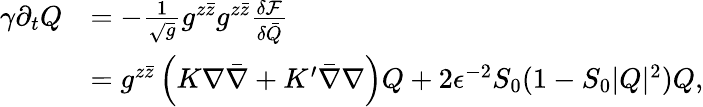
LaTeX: \begin{array}{rl}{\gamma\partial_{t}Q}&{=-\frac{1}{\sqrt{g}}g^{z\bar{z}}g^{z\bar{z}}\frac{\delta\mathcal F}{\delta\bar{Q}}}\\ &{=g^{z\bar{z}}\left(K\nabla\bar{\nabla}+K^{\prime}\bar{\nabla}\nabla\right)Q+2\epsilon^{-2}S_{0}(1-S_{0}|Q|^{2})Q,}\end{array}